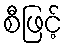
စီဖြင့်